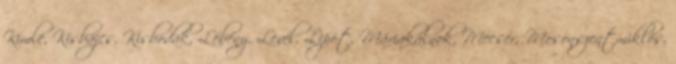
Kimle, Kisbajcs, Kisbodak, Lébény, Levél, Lipót, Máriakálnok, Mecsér, Mosonszentmiklós,